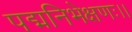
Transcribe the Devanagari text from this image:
पद्मनिभेक्षणः।।